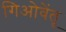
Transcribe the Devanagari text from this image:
गिओवेंतू